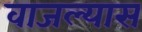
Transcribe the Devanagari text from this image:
वाजल्यास